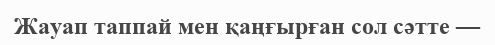
Жауап таппай мен қаңғырған сол сәтте —